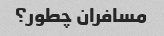
مسافران چطور؟